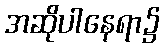
အဆိုပါနေရာ၌